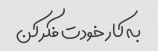
به کار خودت فکر کن